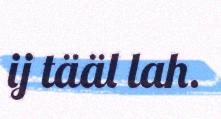
ij tääl lah.